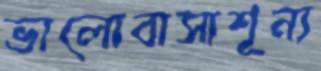
ভালোবাসাশূন্য